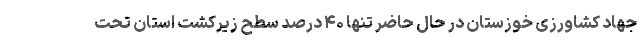
جهاد کشاورزی خوزستان در حال حاضر تنها ۴۰ درصد سطح زیرکشت استان تحت